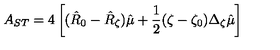
A _ { S T } = 4 \left[ ( \hat { R } _ { 0 } - \hat { R } _ { \zeta } ) \hat { \mu } + \frac { 1 } { 2 } ( \zeta - \zeta _ { 0 } ) \Delta _ { \zeta } \hat { \mu } \right]